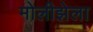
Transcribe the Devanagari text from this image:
मोलीझेला